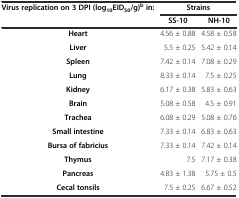
| <ROWSPAN=2> Virus replication on 3 DPI (log10EID50/g)b in: | <COLSPAN=2> Strains |
 | SS-10 | NH-10 |
 | --- | --- | --- |
 | Heart | 4.56 ± 0.88 | 4.58 ± 0.58 |
 | Liver | 5.5 ± 0.25 | 5.42 ± 0.14 |
 | Spleen | 7.42 ± 0.14 | 7.08 ± 0.29 |
 | Lung | 8.33 ± 0.14 | 7.5 ± 0.25 |
 | Kidney | 6.17 ± 0.38 | 5.83 ± 0.63 |
 | Brain | 5.08 ± 0.58 | 4.5 ± 0.91 |
 | Trachea | 6.08 ± 0.29 | 5.08 ± 0.76 |
 | Small intestine | 7.33 ± 0.14 | 6.83 ± 0.63 |
 | Bursa of fabricius | 7.33 ± 0.14 | 7.42 ± 0.14 |
 | Thymus | 7.5 | 7.17 ± 0.38 |
 | Pancreas | 4.83 ± 1.38 | 5.75 ± 0.5 |
 | Cecal tonsils | 7.5 ± 0.25 | 6.67 ± 0.52 |